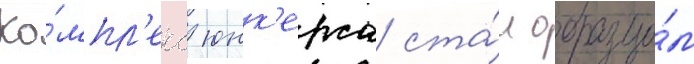
Ко́мпл'екс юнк'ерса ста́л образцо́м